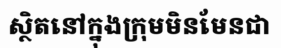
ស្ថិតនៅក្នុងក្រុមមិនមែនជា